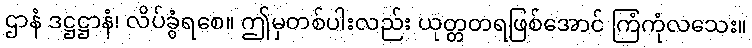
ဌာနံ ဒဋ္ဌဋ္ဌာနံ၊ လိပ်ခွံရစေ။ ဤမှတစ်ပါးလည်း ယုတ္တတရဖြစ်အောင် ကြံကုံလသေး။